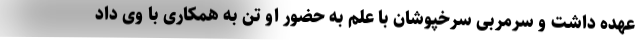
عهده داشت و سرمربی سرخپوشان با علم به حضور او تن به همکاری با وی داد